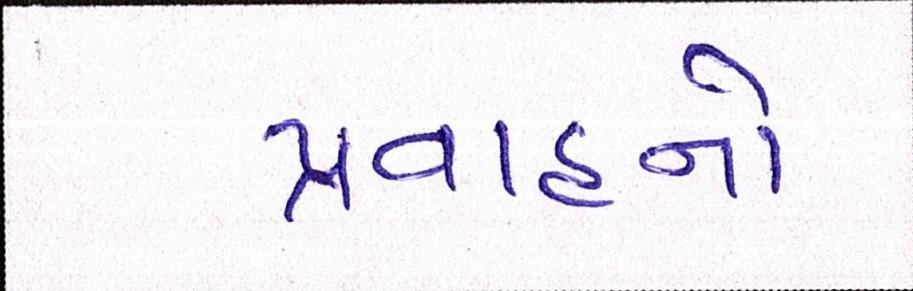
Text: પ્રવાહનો